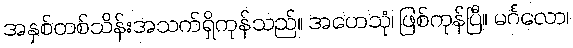
အနှစ်တစ်သိန်းအသက်ရှိကုန်သည်။ အဟေသုံ၊ ဖြစ်ကုန်ပြီ။ မင်္ဂလော၊